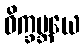
ဝိက္ခမ္ဘယေ